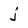
Character: j